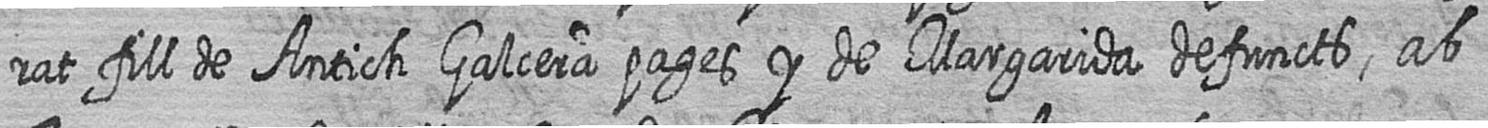
rat fill de Antich Galcera pages y de Margarida defuncts ab